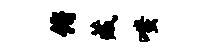
俯藏嗤